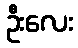
ဦးလေး